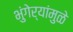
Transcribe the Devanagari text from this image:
भुंगेर्‍यांमुळे